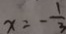
x = - \frac { 1 } { 3 }